Insane asylums in Bengal annual reports 1876-1887 - 1876-1887
Year: 1876
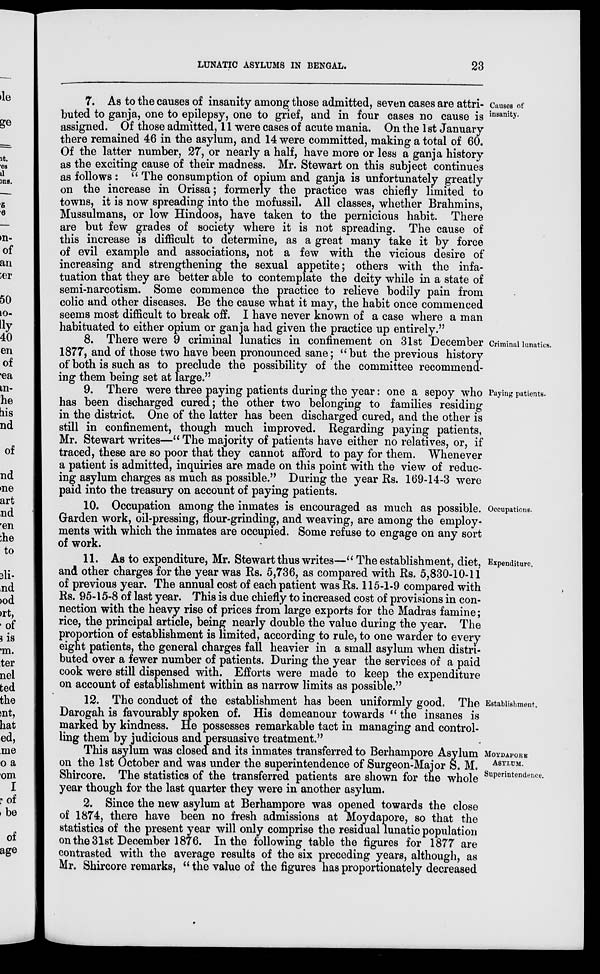
LUNATIC ASYLUMS IN BENGAL.
23
Causes of
insanity.
7. As to the causes of insanity among those admitted, seven cases are attri-
buted to ganja, one to epilepsy, one to grief, and in four cases no cause is
assigned. Of those admitted, 11 were cases of acute mania. On the 1 st January
there remained 46 in the asylum, and 14 were committed, making a total of 60.
Of the latter number, 27, or nearly a half, have more or less a ganja history
as the exciting cause of their madness. Mr. Stewart on this subject continues
as follows : " The consumption of opium and ganja is unfortunately greatly
on the increase in Orissa; formerly the practice was chiefly limited to
towns, it is now spreading into the mofussil. All classes, whether Brahmins,
Mussulmans, or low Hindoos, have taken to the pernicious habit. There
are but few grades of society where it is not spreading. The cause of
this increase is difficult to determine, as a great many take it by force
of evil example and associations, not a few with the vicious desire of
increasing and strengthening the sexual appetite; others with the infa-
tuation that they are better able to contemplate the deity while in a state of
semi-narcotism. Some commence the practice to relieve bodily pain from
colic and other diseases. Be the cause what it may, the habit once commenced
seems most difficult to break off. I have never known of a case where a man
habituated to either opium or ganja had given the practice up entirely."
Criminal lunatics.
8. There were 9 criminal lunatics in confinement on 31st December
1877, and of those two have been pronounced sane; "but the previous history
of both is such as to preclude the possibility of the committee recommend-
ing: them being set at large."
Paying patients.
9. There were three paying patients during the year: one a sepoy who
has been discharged cured; the other two belonging to families residing
in the district. One of the latter has been discharged cured, and the other is
still in confinement, though much improved. Regarding paying patients,
Mr. Stewart writes—" The majority of patients have either no relatives, or, if
traced, these are so poor that they cannot afford to pay for them. Whenever
a patient is admitted, inquiries are made on this point with the view of reduc-
ing asylum charges as much as possible." During the year Rs. 169-14-3 were
paid into the treasury on account of paying patients.
Occupations.
10. Occupation among the inmates is encouraged as much as possible.
Garden work, oil-pressing, flour-grinding, and weaving, are among the employ-
ments with which the inmates are occupied. Some refuse to engage on any sort
of work.
Expenditure.
11. As to expenditure, Mr. Stewart thus writes—" The establishment, diet,
and other charges for the year was Rs. 5,736, as compared with Rs. 5,830-10-11
of previous year. The annual cost of each patient was Rs. 115-1-9 compared with
Rs. 95-15-8 of last year. This is due chiefly to increased cost of provisions in con-
nection with the heavy rise of prices from large exports for the Madras famine;
rice, the principal article, being nearly double the value during the year. The
proportion of establishment is limited, according to rule, to one warder to every
eight patients, the general charges fall heavier in a small asylum when distri-
buted over a fewer number of patients. During the year the services of a paid
cook were still dispensed with. Efforts were made to keep the expenditure
on account of establishment within as narrow limits as possible."
Establishment.
12. The conduct of the establishment has been uniformly good. The
Darogah is favourably spoken of. His demeanour towards " the insanes is
marked by kindness. He possesses remarkable tact in managing and control-
ling them by judicious and persuasive treatment."
MOYDAPORE
ASYLUM.
Superintendence.
This asylum was closed and its inmates transferred to Berhampore Asylum
on the 1st October and was under the superintendence of Surgeon-Major S. M.
Shircore. The statistics of the transferred patients are shown for the whole
year though for the last quarter they were in another asylum.
2. Since the new asylum at Berhampore was opened towards the close
of 1874, there have been no fresh admissions at Moydapore, so that the
statistics of the present year will only comprise the residual lunatic population
on the 31st December 1876. In the following table the figures for 1877 are
contrasted with the average results of the six preceding years, although, as
Mr. Shircore remarks, " the value of the figures has proportionately decreased